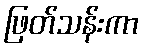
ဖြတ်သန်းကာ